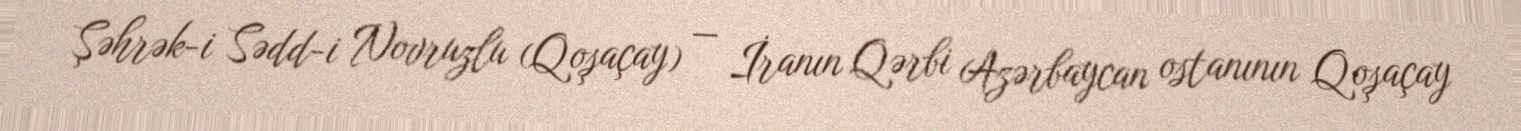
Şəhrək-i Sədd-i Novruzlu (Qoşaçay) — İranın Qərbi Azərbaycan ostanının Qoşaçay